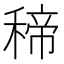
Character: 𥠒